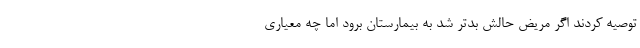
توصیه کردند اگر مریض حالش بدتر شد به بیمارستان برود اما چه معیاری